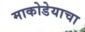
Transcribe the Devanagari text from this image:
माकोडेयाचा